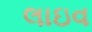
લાઇવ